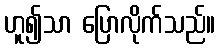
ဟူ၍သာ ပြောလိုက်သည်။